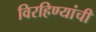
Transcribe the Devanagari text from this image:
विरहिण्यांची